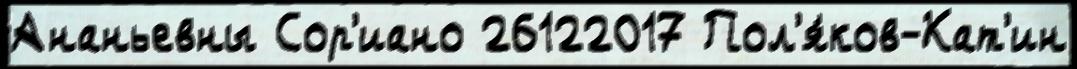
Ананьевны Сор'иано 26122017 Пол'я́ков-Кат'ин